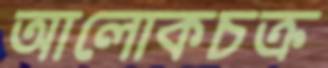
আলোকচক্র